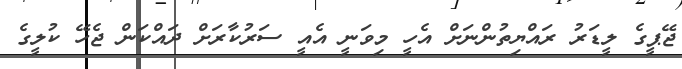
ޖޭޕީގެ ލީޑަރު ރައްޔިތުންނަށް އެހީ މިވަނީ އެއީ ސަރުކާރަށް ދައްކަން ޖެހޭ ކުލީގެ